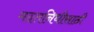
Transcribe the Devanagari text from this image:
मदतनिधीसाठी